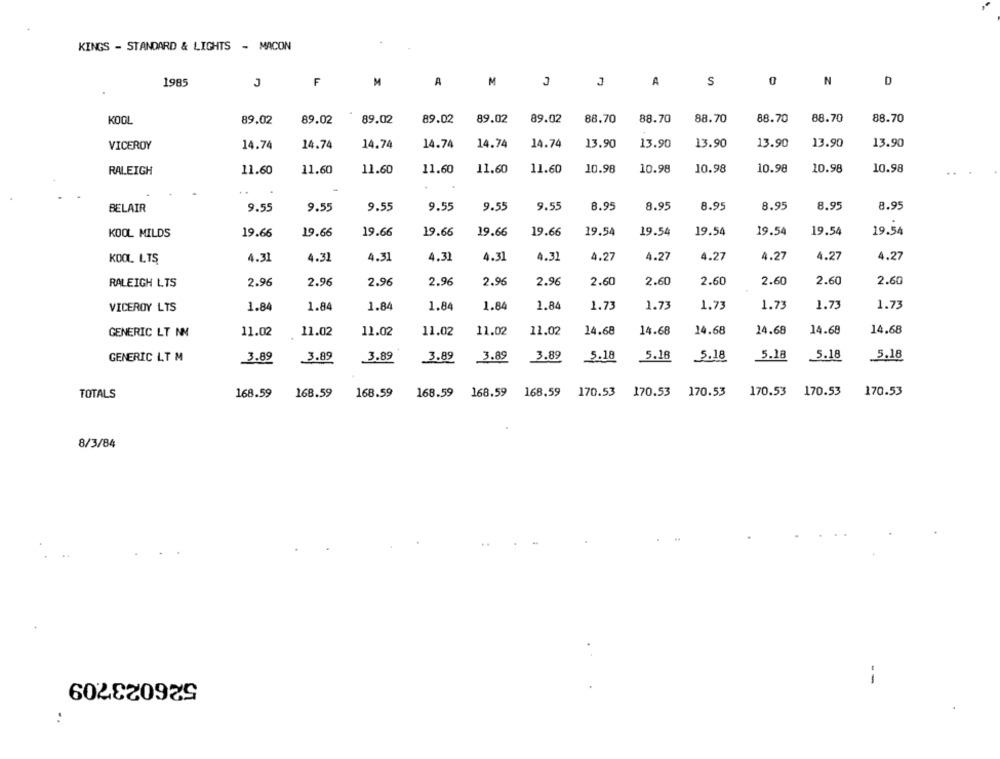
KINGS - STANDARD & LIGHTS - MACON
1985
J
F
M
A
M
A
S
0
N
D
KOOL
89.02
89.02
89.02
89.02
89.02
89.02
88,70
88.70
88.70
88.70
88.70
88.70
VICEROY
14.74
14.74
14.74
14.74
14.74
14.74
13.90
13.90
13.90
13.90
13.90
13.90
RALEIGH
11.60
11.60
11.60
11.60
11.60
11.60
10.98
10.98
10.98
10.98
10.98
10.98
..
9.55
8.95
8.95
8.95
8.95
BELAIR
9.55
9.55
9.55
9.55
9.55
8.95
8.95
KOOL MILDS
19.66
19.66
19.66
19.66
19.66
19.66
19.54
19.54
19.54
19.54
19.54
19.54
4.31
4.31
4.31
4.31
4.31
4.31
4.27
4.27
4.27
4.27
4.27
4.27
KOOL LTS
2.96
2.96
2.96
2.96
2.96
2.60
2.60
2.60
2.60
2.60
2.60
RALEIGH LTS
2.96
VICEROY LTS
1.84
1.84
1.84
1.84
1.84
1.84
1.73
1.73
1.73
1.73
1.73
1.73
GENERIC LT NN
11.02
11.02
11.02
11.02
11.02
11.02
14.68
14.68
14.68
14.68
14.68
14.68
3.89
3.89
3.89
3.89
5.18
5.18
5.18
5,18
GENERIC LT M
3.89
3.89
5.18
5.18
TOTALS
168.59
168.59
168.59
168.59
168.59
168.59
170.53
170.53 170.53
170.53 170.53
170.53
8/3/84
526023709
--
..